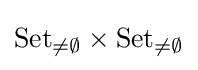
\mathrm {Set} _{\neq \emptyset }\times \mathrm {Set} _{\neq \emptyset }